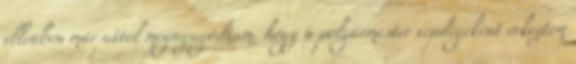
ellenben már attól megnyugodtam, hogy a polgármester vendégeként érkeztem